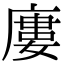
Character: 廔